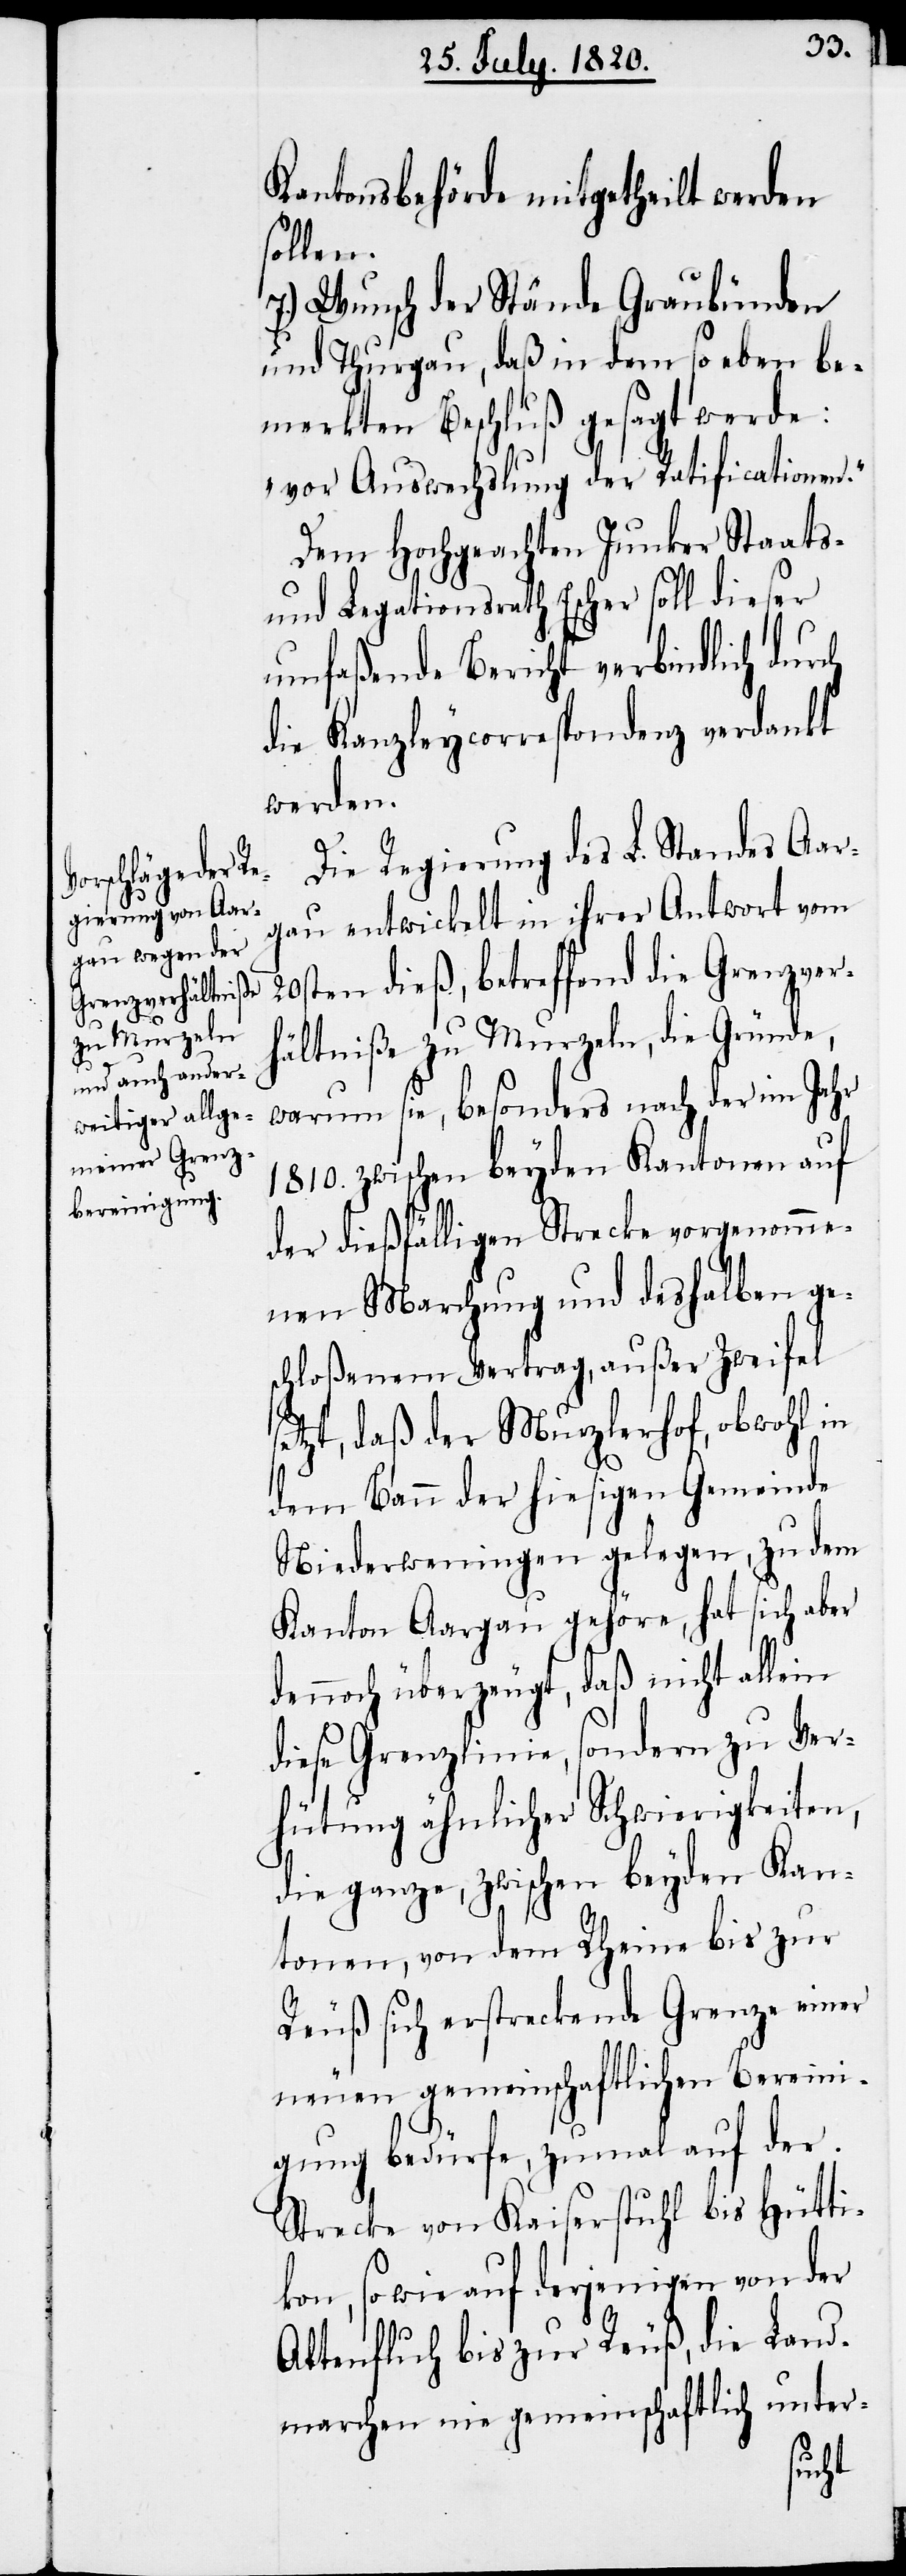
s¬

Kantonsbehörde mitgetheilt werden
sollen.
7.) Wunsch der Stände Graubünden
und Thurgau, daß in dem so eben be¬
merkten Beschluß gesagt werde:
„vor Auswechslung der Ratificationen.“
Dem Hochgeachten Junker Staats-
und Legationsrath Escher soll dieser
umfaßende Bericht verbindlich durch
die Kanzleycorrespondenz verdankt
werden.
Die Regierung des L. Standes Aar¬
gau entwickelt in ihrer Antwort vom
20sten dieß, betreffend die Grenzver¬
hältniße zu Murzeln, die Gründe,
warum sie, besonders nach der im Jahr
1810. zwischen beyden Kantonen auf
der dießfälligen Strecke vorgenomme¬
nen Marchung und deshalben ge¬
schloßenen Vertrag, außer Zweifel
etzt, daß der Murzlerhof, obwohl in
dem Bau der hiesigen Gemeinde
Niederweningen gelegen, zu dem
Kanton Aargau gehöre, hat sich aber
dennoch überzeugt, daß nicht allein
diese Grenzlinie, sondern zu Ver¬
hütung ähnlicher Schwierigkeiten,
die ganze, zwischen beyden Kan¬
tonen, von dem Rheine bis zur
Reuß sich erstreckende Grenze einer
neuen gemeinschaftlichen Bereini¬
gung bedürfe, zumal auf der
Strecke von Kaiserstuhl bis Hütti¬
kon, sowie auf derjenigen von der
Attenfluch bis zur Reuß, die Land¬
marchen nie gemeinschaftlich unter-